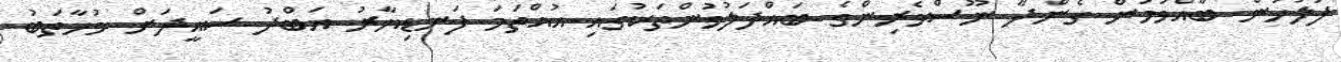
ފުލުހުން ބާއްވަމުން ގެންދާ ނޫސްވެރިންގެ ބައްދަލުވުންތަކުގައި އުއްތަމަ ފަނޑިޔާރު އަބްދު ސައީދަށް މުހާތަބު